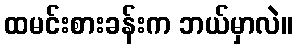
ထမင်းစားခန်းက ဘယ်မှာလဲ။